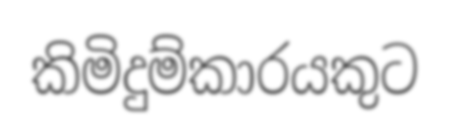
කිමිදුම්කාරයකුට